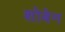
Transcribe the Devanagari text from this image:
शोबेन